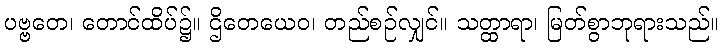
ပဗ္ဗတေ၊ တောင်ထိပ်၌။ ဌိတေယေဝ၊ တည်စဉ်လျှင်။ သတ္ထာရာ၊ မြတ်စွာဘုရားသည်။